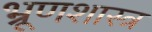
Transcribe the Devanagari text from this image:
भ्रूणशास्त्र